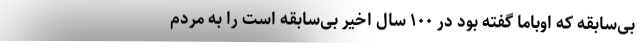
بی‌سابقه که اوباما گفته بود در ۱۰۰ سال اخیر بی‌سابقه است را به مردم